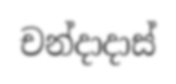
චන්දාදාස්